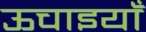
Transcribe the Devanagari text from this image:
ऊचाइयाँ